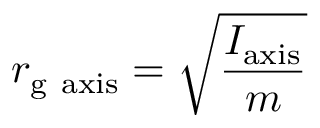
r _ { \mathrm { g } { \mathrm { ~ a x i s } } } = { \sqrt { \frac { I _ { \mathrm { a x i s } } } { m } } }